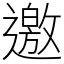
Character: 邀